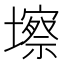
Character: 𱘑